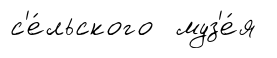
с'е́льского муз'е́я